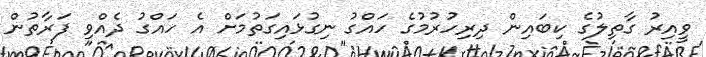
ވީއިރު ގާތިލުގެ ކިބައިން ދިރިހުރުމުގެ ހައްގު ނިގުޅައިގަތުމަށް އެ ހައްގު ދެއްވި ފަރާތުން